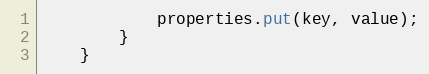
Language: Java
            properties.put(key, value);
        }
    }